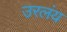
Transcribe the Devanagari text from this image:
उरलंय